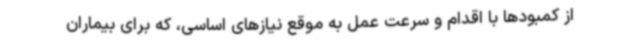
از کمبودها با اقدام و سرعت عمل به موقع نیازهای اساسی، که برای بیماران